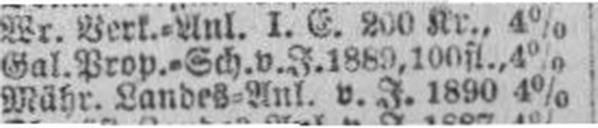
Mähr. Landes=Anl. v. J. 1890 4%